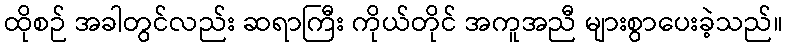
ထိုစဉ် အခါတွင်လည်း ဆရာကြီး ကိုယ်တိုင် အကူအညီ များစွာပေးခဲ့သည်။